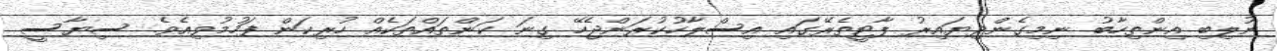
ނުލިބި އިންތިހާބު ނިމިގެންދިޔައިރު ޕާޓީތެރޭގައި އިސްލާހުކުރަންޖެހޭ ގިނަ ކަންތައްތަކެއް ހުރިކަން ފަހުމުވިއެވެ. ސިޔާސީ